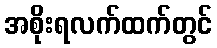
အစိုးရလက်ထက်တွင်